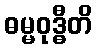
ဓမ္မဝုဒ္ဓီတိ